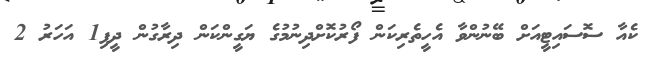
ކެއާ ސޮސައިޓީއަށް ބޭނުންވާ އެހީތެރިކަން ފޯރުކޮށްދިނުމުގެ ޔަގީންކަން ދިރާގުން ދީފި1 އަހަރު 2